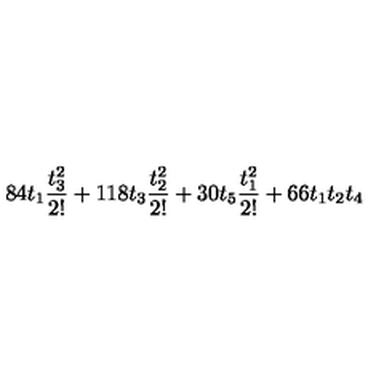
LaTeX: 8 4 t _ { 1 } \frac { t _ { 3 } ^ { 2 } } { 2 ! } + 1 1 8 t _ { 3 } \frac { t _ { 2 } ^ { 2 } } { 2 ! } + 3 0 t _ { 5 } \frac { t _ { 1 } ^ { 2 } } { 2 ! } + 6 6 t _ { 1 } t _ { 2 } t _ { 4 }